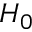
H _ { 0 }